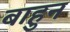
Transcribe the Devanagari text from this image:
बाहुन